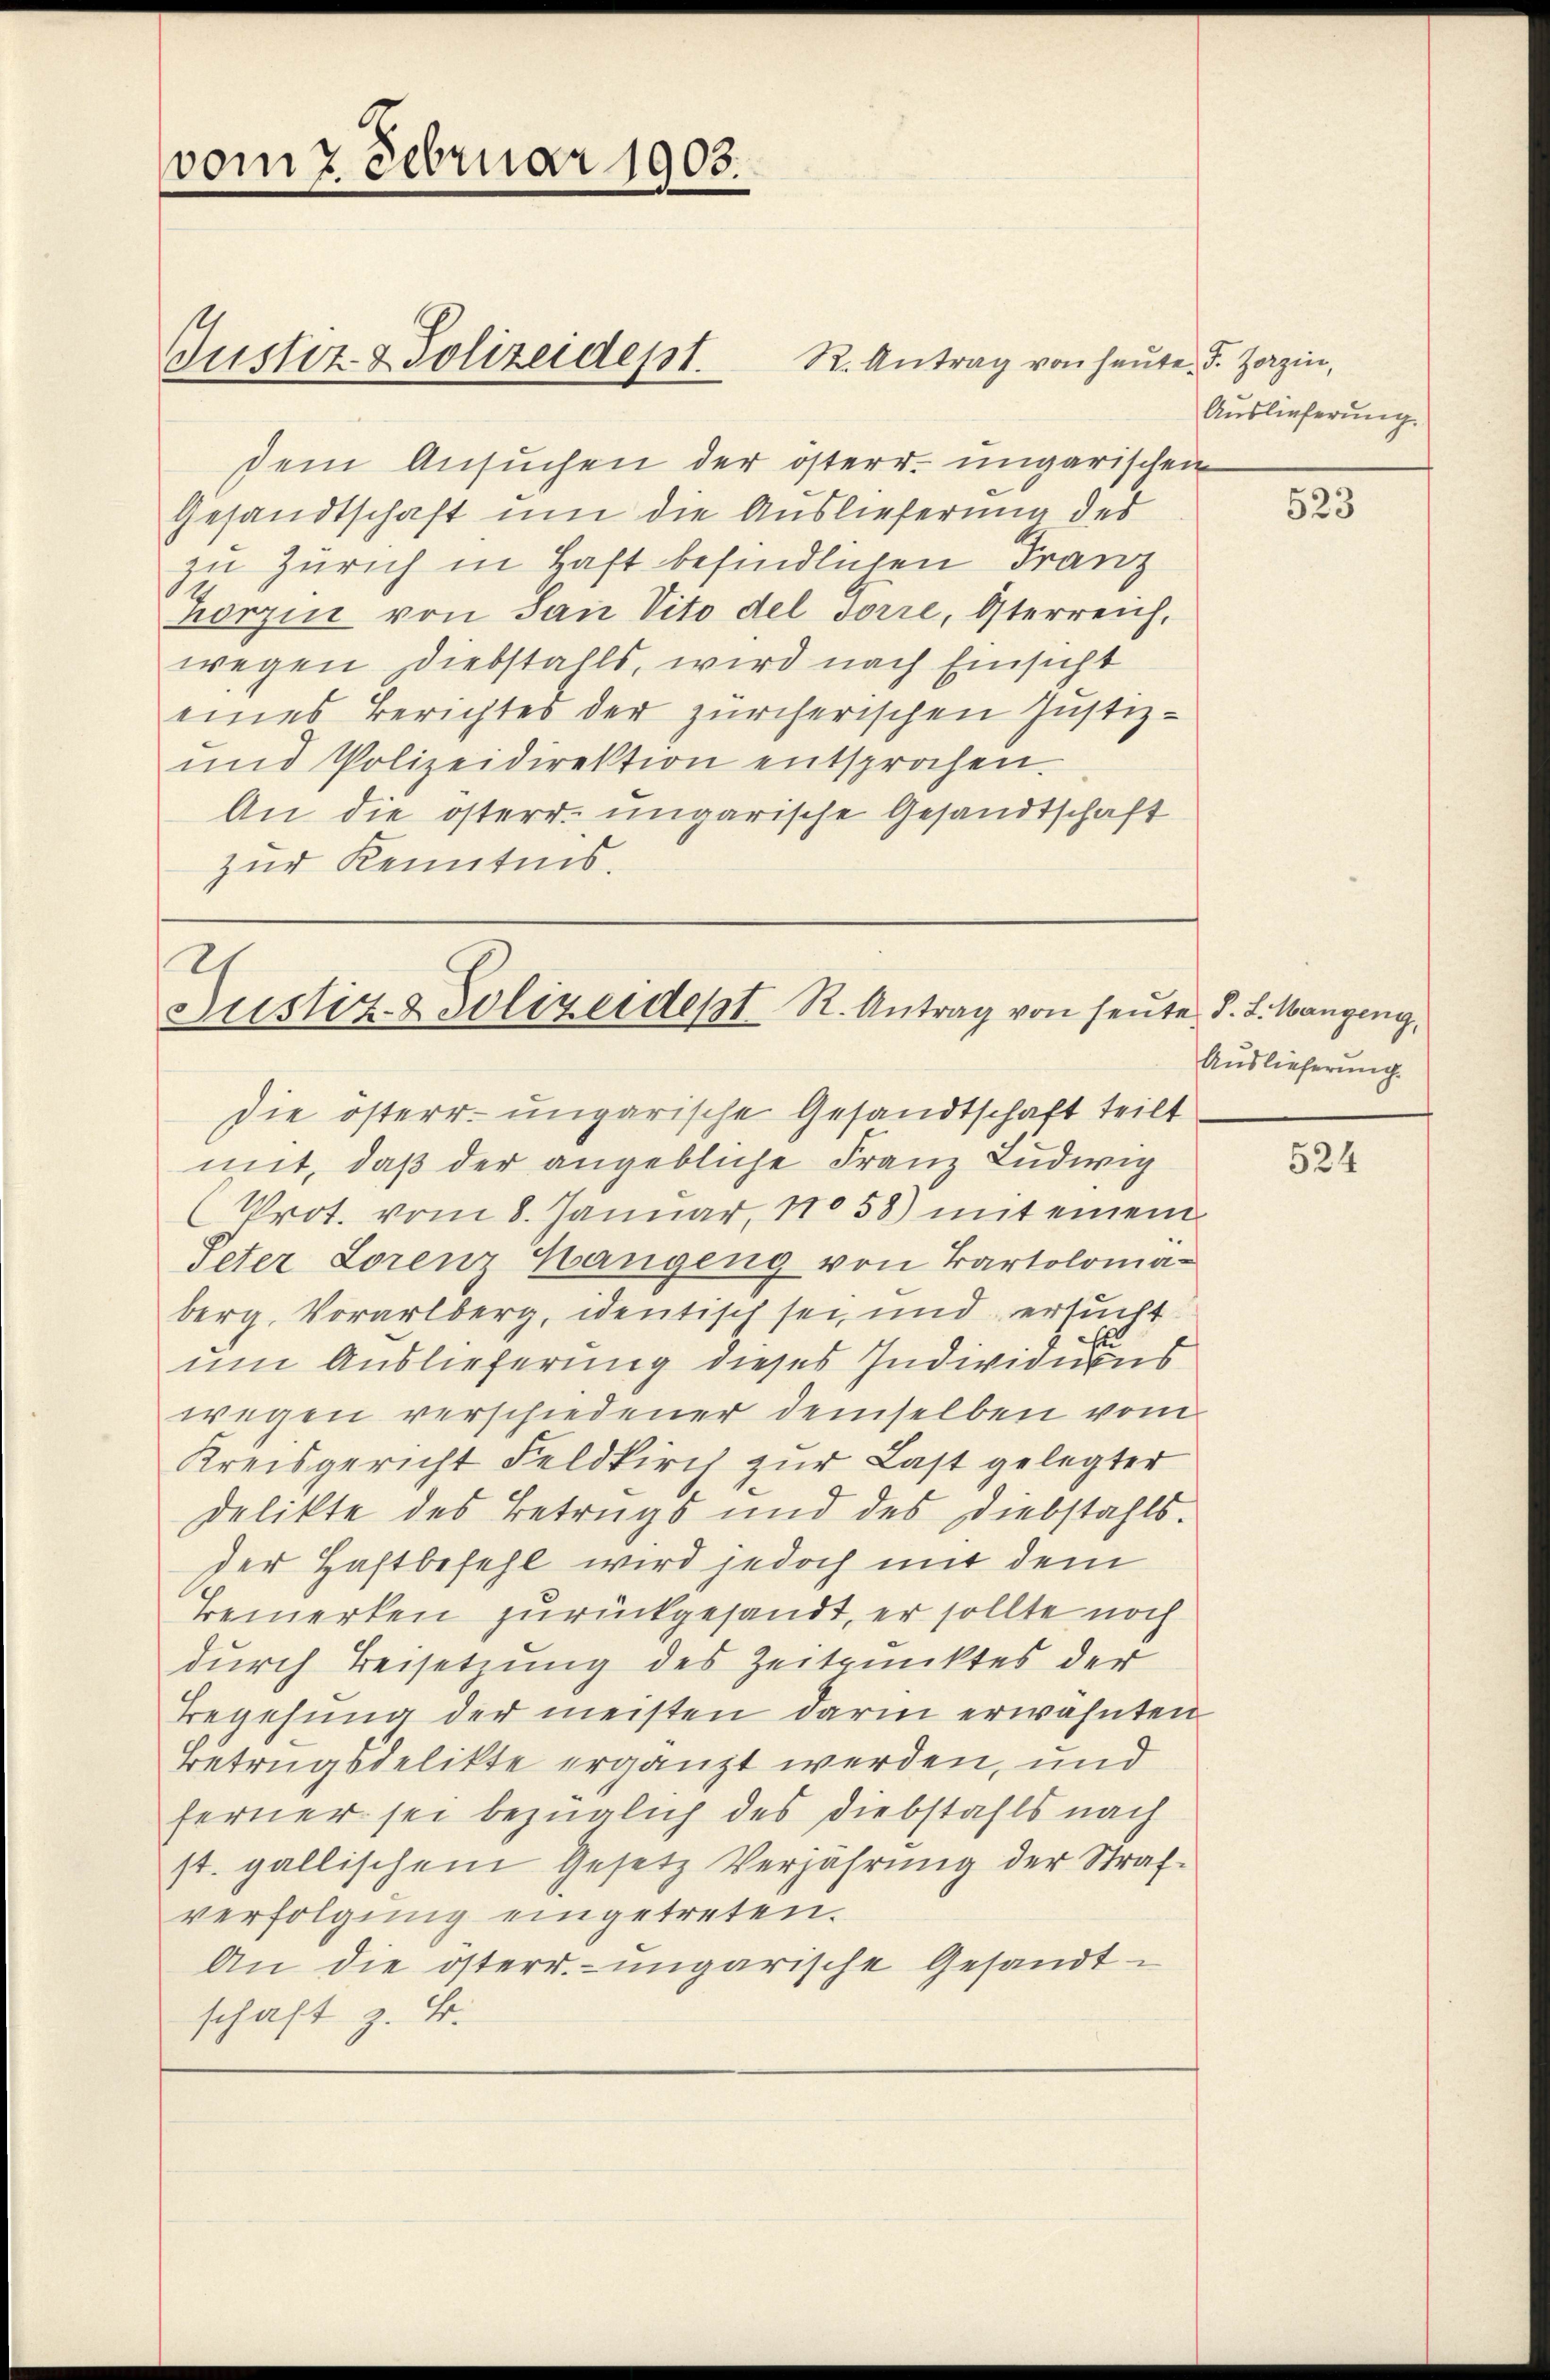
vom 7. Februar 1903.

Justiz- & Polizeidept.

2
Justiz- & Polizeidert R. Antrag von heŭte §. 2. Wangeng
die österr. ungarische Gesandtschaft teilt

R. Antrag von heute F. Zorzin,

dem Ansuchen der österr. ungarischen
Gesandtschaft um die Auslieferung des
zu Zürich in Haft befindlichen Franz
Korzen von San Vito del vorre, Österreich,
wegen Diebstahls, wird nach Einsicht
eines Berichtes der zürcherischen Justiz-
und Polizeidirektion entsprochen.
An die österr. ungarische Gesandtschaft
zur Kenntnis.

Auslieferung

mit, daß der angebliche Franz Ludwig
Prot. vom 8. Januar, 17058) mit einem
Peter Lorenz Hangeng von Kartolomaberg, Vorarlberg, identisch sei, und ersucht
e
um Auslieferung dieses Individiens
wegen verschiedener demselben vom
Kreisgericht Feldkirch zur Last gelegter
Delikte des Betrugs und des Diebstahls.
der Haftbefehl wird jedoch mit dem
Bemerken zurückgesandt, er sollte noch
durch Beisetzung des Zeitpunktes der
Begehung der meisten darin erwähnten
Betrugsdelikte ergänzt werden, und
ferner sei bezüglich des Diebstahls nach
st. gallischem Gesetz Verjährung der Strafverfolgung eingetreten.
An die österr. ungarische Gesandtschaft z. B.

523

Auslieferung

524